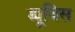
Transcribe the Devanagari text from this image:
ड्यूविस